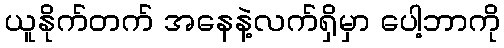
ယူနိုက်တက် အနေနဲ့လက်ရှိမှာ ပေါ့ဘာကို